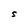
Character: S